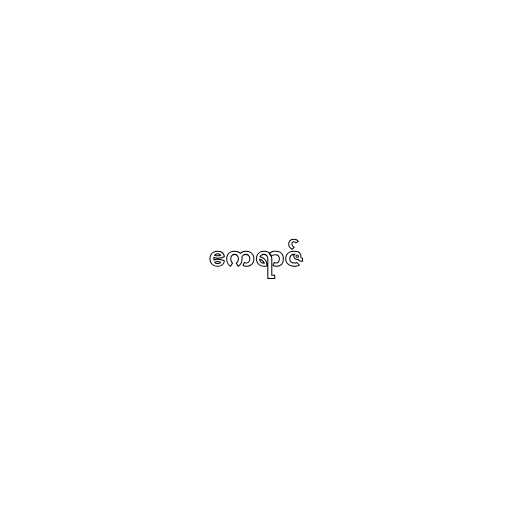
ဧကရာဇ်